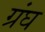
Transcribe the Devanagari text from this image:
ग्रंघ